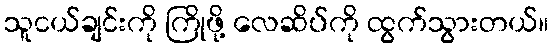
သူငယ်ချင်းကို ကြိုဖို့ လေဆိပ်ကို ထွက်သွားတယ်။